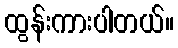
ထွန်းကားပါတယ်။